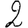
Digit: 2